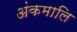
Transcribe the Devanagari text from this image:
अंकमालि